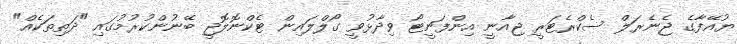
ޔުއޭފާގެ ޖެނެރަލް ސެކްރެޓަރީ ޖިއާނީ އިންފަނީޓޯ ވިދާޅުވީ ގޯލްލައިން ޓެކްނޮލޮޖީ ބޭނުންކުރުމުގައި "ދަތިތަކެއް"